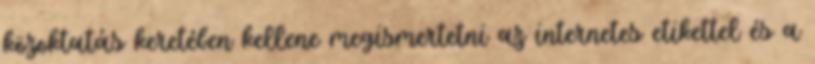
közoktatás keretében kellene megismertetni az internetes etikettel és a